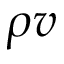
\rho v